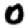
Digit: 0